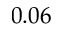
0 . 0 6